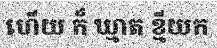
ហើយ ក៏ ឃ្មាត ខ្មីយក